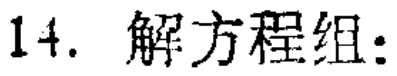
14. 解方程组: